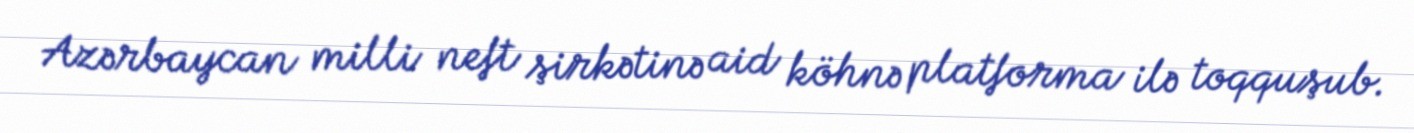
Azərbaycan milli neft şirkətinə aid köhnə platforma ilə toqquşub.